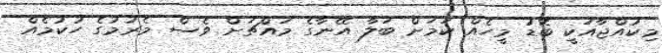
މިކުއްޖާއަކީ ބޮޑު މީހެއް ކަމަށް ބަލާ އޭނާގެ މައްޗަށް ވެސް މެރުމުގެ ހުކުމެއް